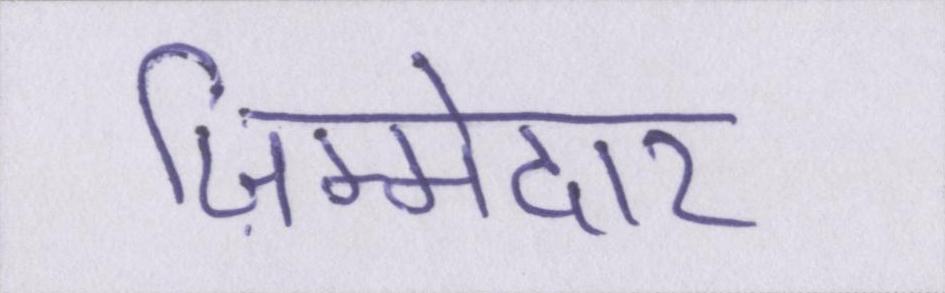
ज़िम्मेदार